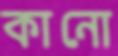
কানো